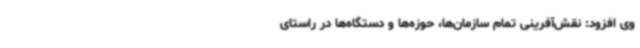
وی افزود: نقش‌آفرینی تمام سازمان‌ها، حوزه‌ها و دستگاه‌ها در راستای